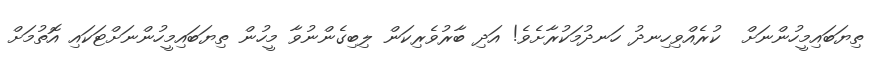
ތިޔަބައިމީހުންނަށް  ކުރެއްވިހިނދު ހަނދުމަކުރާށެވެ! އަދި ބާރުވެރިކަން ލިބިގެންނުވާ މީހުން ތިޔަބައިމީހުންނަށްޓަކައި އޮތުމަށް